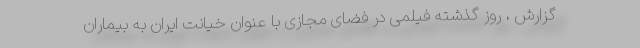
گزارش ، روز گذشته فیلمی در فضای مجازی با عنوان خیانت ایران به بیماران